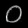
Digit: ၀